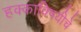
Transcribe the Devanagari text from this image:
हक्काविषयीचे